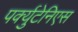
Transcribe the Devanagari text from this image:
पर्क्युटेनिएस